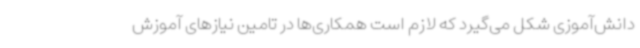
دانش‌آموزی شکل می‌گیرد که لازم است همکاری‌ها در تامین نیازهای آموزش